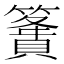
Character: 𥴶